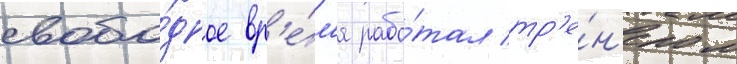
свобо́дное вр'е́м'я рабо́тал тр'е́н'ером